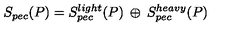
S _ { p e c } ( P ) = S _ { p e c } ^ { l i g h t } ( P ) \: \oplus \: S _ { p e c } ^ { h e a v y } ( P )